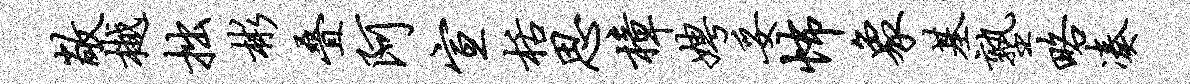
敞樾拙彬叠阿宣栝思樟娉妥怖象基塾略凑